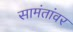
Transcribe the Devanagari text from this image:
सामंतांवर